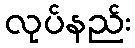
လုပ်နည်း